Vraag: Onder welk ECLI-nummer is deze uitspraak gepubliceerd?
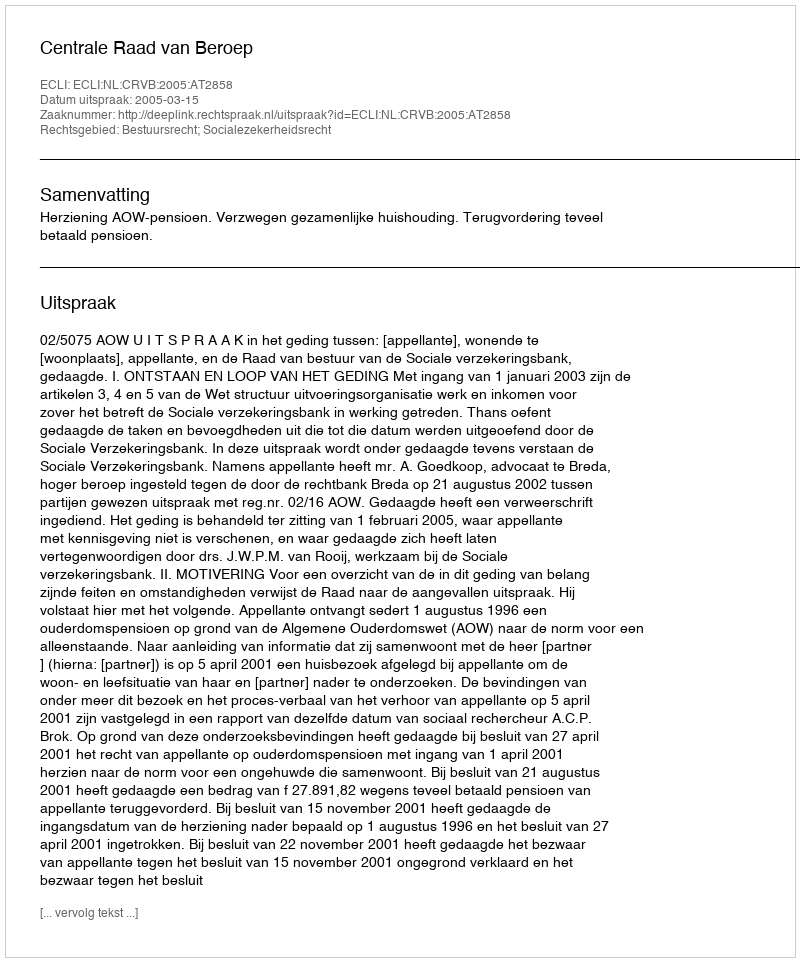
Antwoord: ECLI:NL:CRVB:2005:AT2858